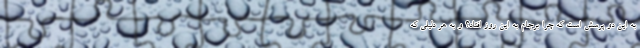
به این دو پرسش است که چرا برجام به این روز افتاد؟ و به هر دلیلی که